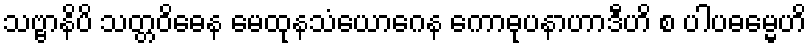
သဗ္ဗာနိပိ သတ္တဝိဓေန မေထုနသံယောဂေန ကောဓုပနာဟာဒီဟိ စ ပါပဓမ္မေဟိ